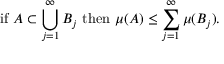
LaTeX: { \mathrm { i f ~ } } A \subset \bigcup _ { j = 1 } ^ { \infty } B _ { j } { \mathrm { ~ t h e n ~ } } \mu ( A ) \leq \sum _ { j = 1 } ^ { \infty } \mu ( B _ { j } ) .